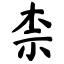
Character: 柰